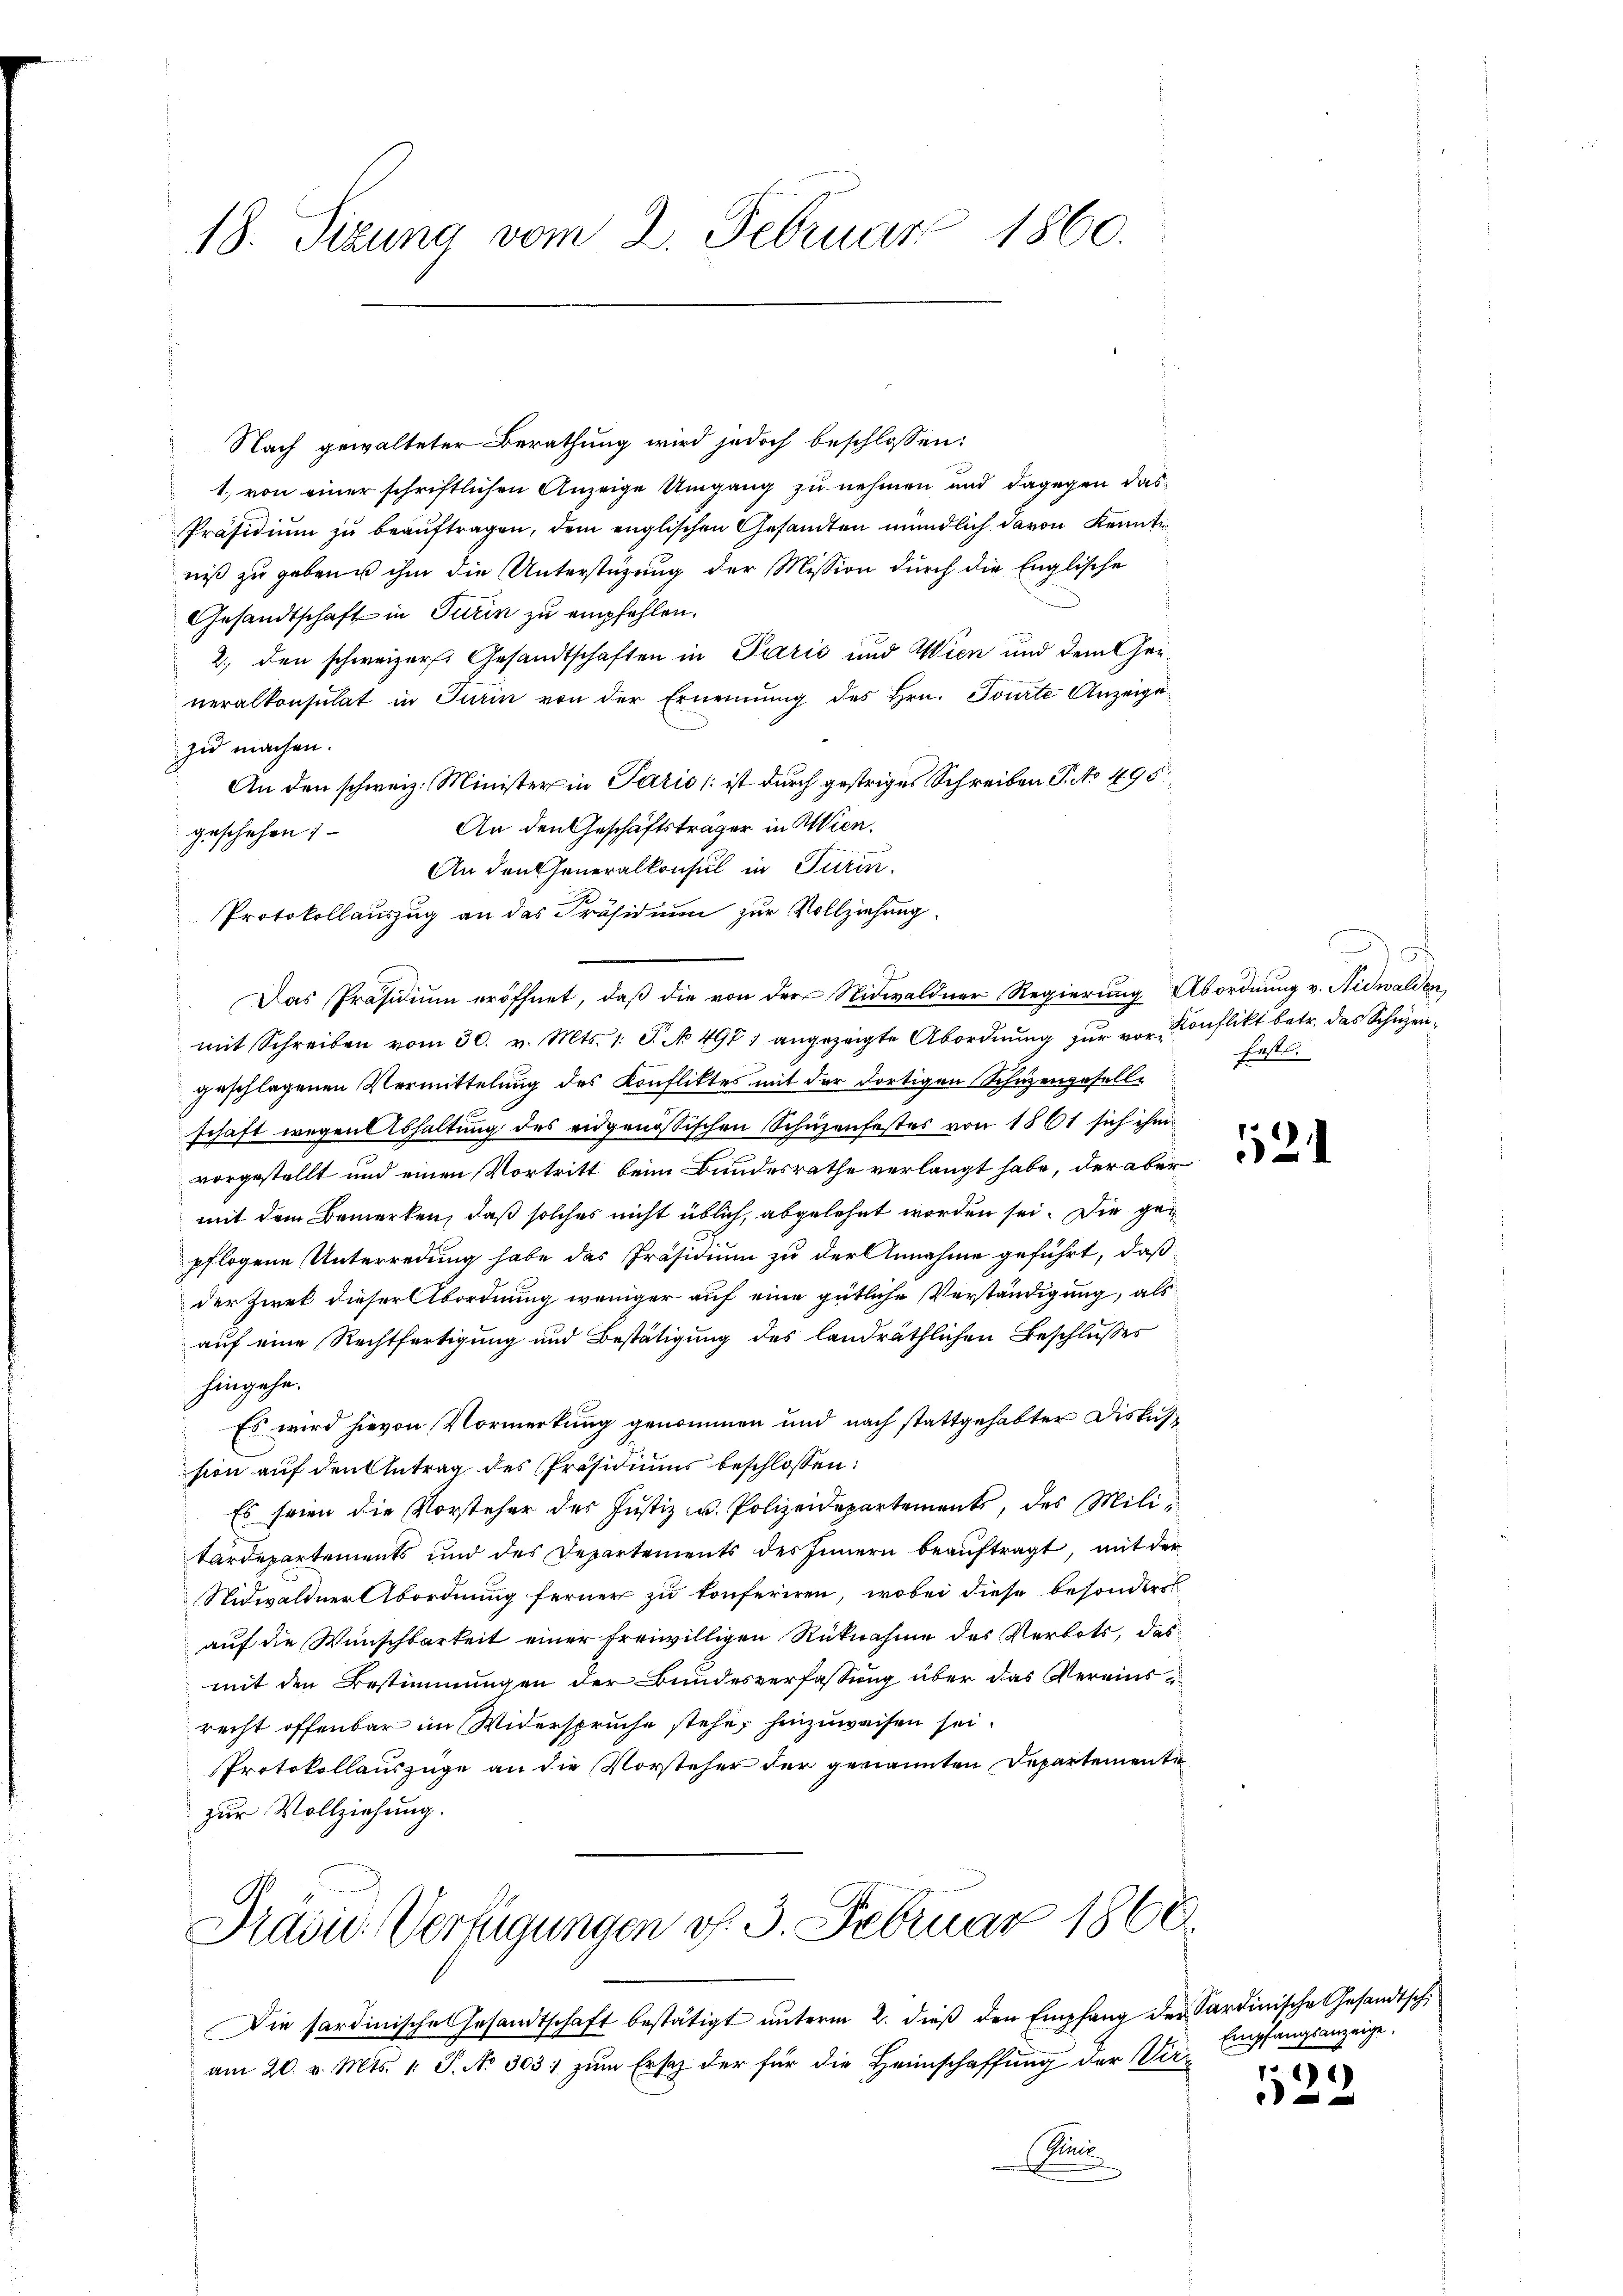
18. Sizung vom 2. Februar 1860.

Nach gewalteter Berathung wird jedoch beschlossen:
1. von einer schriftlichen Anzeige Umgang zu nehmen und dagegen das
Präsidium zu beauftragen, dem englischen Gesandten mündlich davon Kennte
niß zu gebene ihm die Unterstüzung der Mission durch die Englische
Gesandtschaft in Turin zu empfehlen.
2., den schweizers Gesandtschaften in Paris und Wien und dem Geineralkonsulat in Turin von der Ernennung des Hrn. Tourte Anzeige
zu machen.
An den schweiz. Minister in Paris ist durch gestriges Schreiben S. No 495.
An den Geschäftsträger in Wien,
geschehen
An den Generalkonsul in Turin.
Protokollauszug an das Präsidium zur Vollziehung.
Das Präsidium eröffnet, daß die von der Nidwaldner Regierung Abordnung v. Nidwalden,
mit Schreiben vom 30. v. Mts. 1. S. No 497 angezeigte Abordnŭng zŭr vor Konflikt betr. das Schüzengeschlagenen Vermittelung des Konfliktes mit der dortigen Schutzengesell-
schaft wegen Abhaltung des eidgenössischen Schüzenfestes von 1861 sich ihm
vorgestellt und einen Vortritt beim Bundesrathe verlangt habe, der aber
mit dem Bemerken, daß solches nicht üblich, abgelehnt worden sei. Die gepflogene Unterredung habe das Präsidium zu der Annahme geführt, daß
der Zwek dieser Abordnung weniger auf eine gütliche Verständigung, als
auf eine Rechtfertigung und Bestätigung des landräthlichen Beschlußes
hingehe.
Es wird hievon Vormerkung genommen und nach stattgehabter Diskussion auf den Antrag des Präsidiums beschlossen:
Es seien die Vorsteher des Jŭstiz- u. Polizeidepartements, des Militardepartements und des Departements des Innern beauftragt, mit der
Nidwaldner Abordnung ferner zu konferiren, wobei diese besonders
auf die Wunschbarkeit einer freiwilligen Rücknahme des Verbots, das
mit den Bestimmungen der Bundesverfassung über das Vereinsrecht offenbar im Widerspruche stehe, hinzuweisen sei.
Protokollauszüge an die Vorsteher der genannten Departemente
zur Vollziehung.
Prasie Verfügungen v. 3. Februar 1868.
Die Sardinische Gesandtschaft bestätigt unterm 2. dieß den Empfang der Sardinische Gesandtsch
am 20. v. Mts. 1. P. No 303) zum Ersatz der für die Heimschaffung der Vice
Sin
.

F
fest.

124

Empfangsanzeige.
)